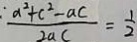
\frac { : a ^ { 2 } + c ^ { 2 } - a c } { 2 a c } = \frac { 1 } { 2 }